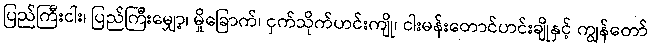
ပြည်ကြီးငါး၊ ပြည်ကြီးမျှော့၊ မှိုခြောက်၊ ငှက်သိုက်ဟင်းကျို၊ ငါးမန်းတောင်ဟင်းချိုနှင့် ကျွန်တော်